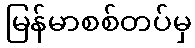
မြန်မာစစ်တပ်မှ